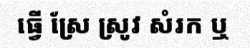
ធ្វើ ស្រែ ស្រូវ សំរក ឬ